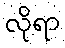
လိုရာ